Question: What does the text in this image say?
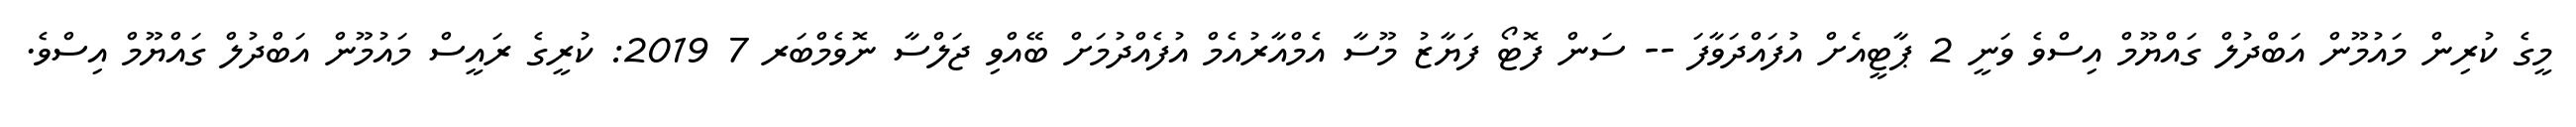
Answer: މީގެ ކުރިން މައުމޫން އަބްދުލް ގައްޔޫމް އިސްވެ ވަނީ 2 ޕާޓީއެށް އުފައްދަވާފަ -- ސަން ފޮޓޯ ފަޔާޒު މޫސާ އެމްއާރުއެމް އުފެއްދުމަށް ބޭއްވި ޖަލްސާ ނޮވެމްބަރ 7 2019: ކުރީގެ ރައީސް މައުމޫން އަބްދުލް ގައްޔޫމް އިސްވެ.